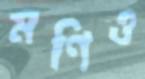
মণিও